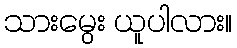
သားမွေး ယူပါလား။